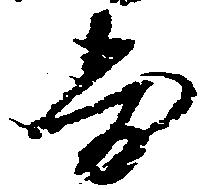
寿